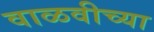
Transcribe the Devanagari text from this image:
वाळवीच्या